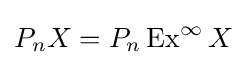
P_{n}X=P_{n}\operatorname {Ex} ^{\infty }X